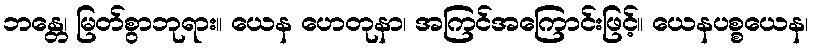
ဘန္တေ၊ မြတ်စွာဘုရား။ ယေန ဟေတုနာ၊ အကြင်အကြောင်းဖြင့်။ ယေနပစ္စယေန၊